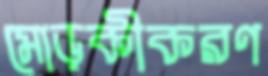
মোড়কীকরণ